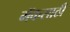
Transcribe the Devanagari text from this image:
मॅकसाठी